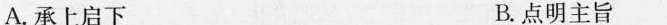
A.承上启下 B.点明主旨